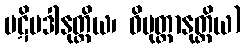
ပဋိပဒါနုတ္တိယ၊ ဝိမုတ္တာနုတ္တိယ)